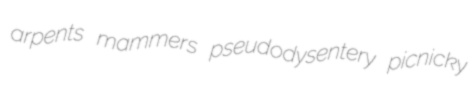
arpents mammers pseudodysentery picnicky